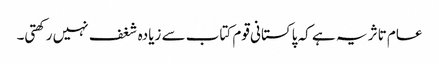
عام تاثر یہ ہے کہ پاکستانی قوم کتاب سے زیادہ شغف نہیں رکھتی۔